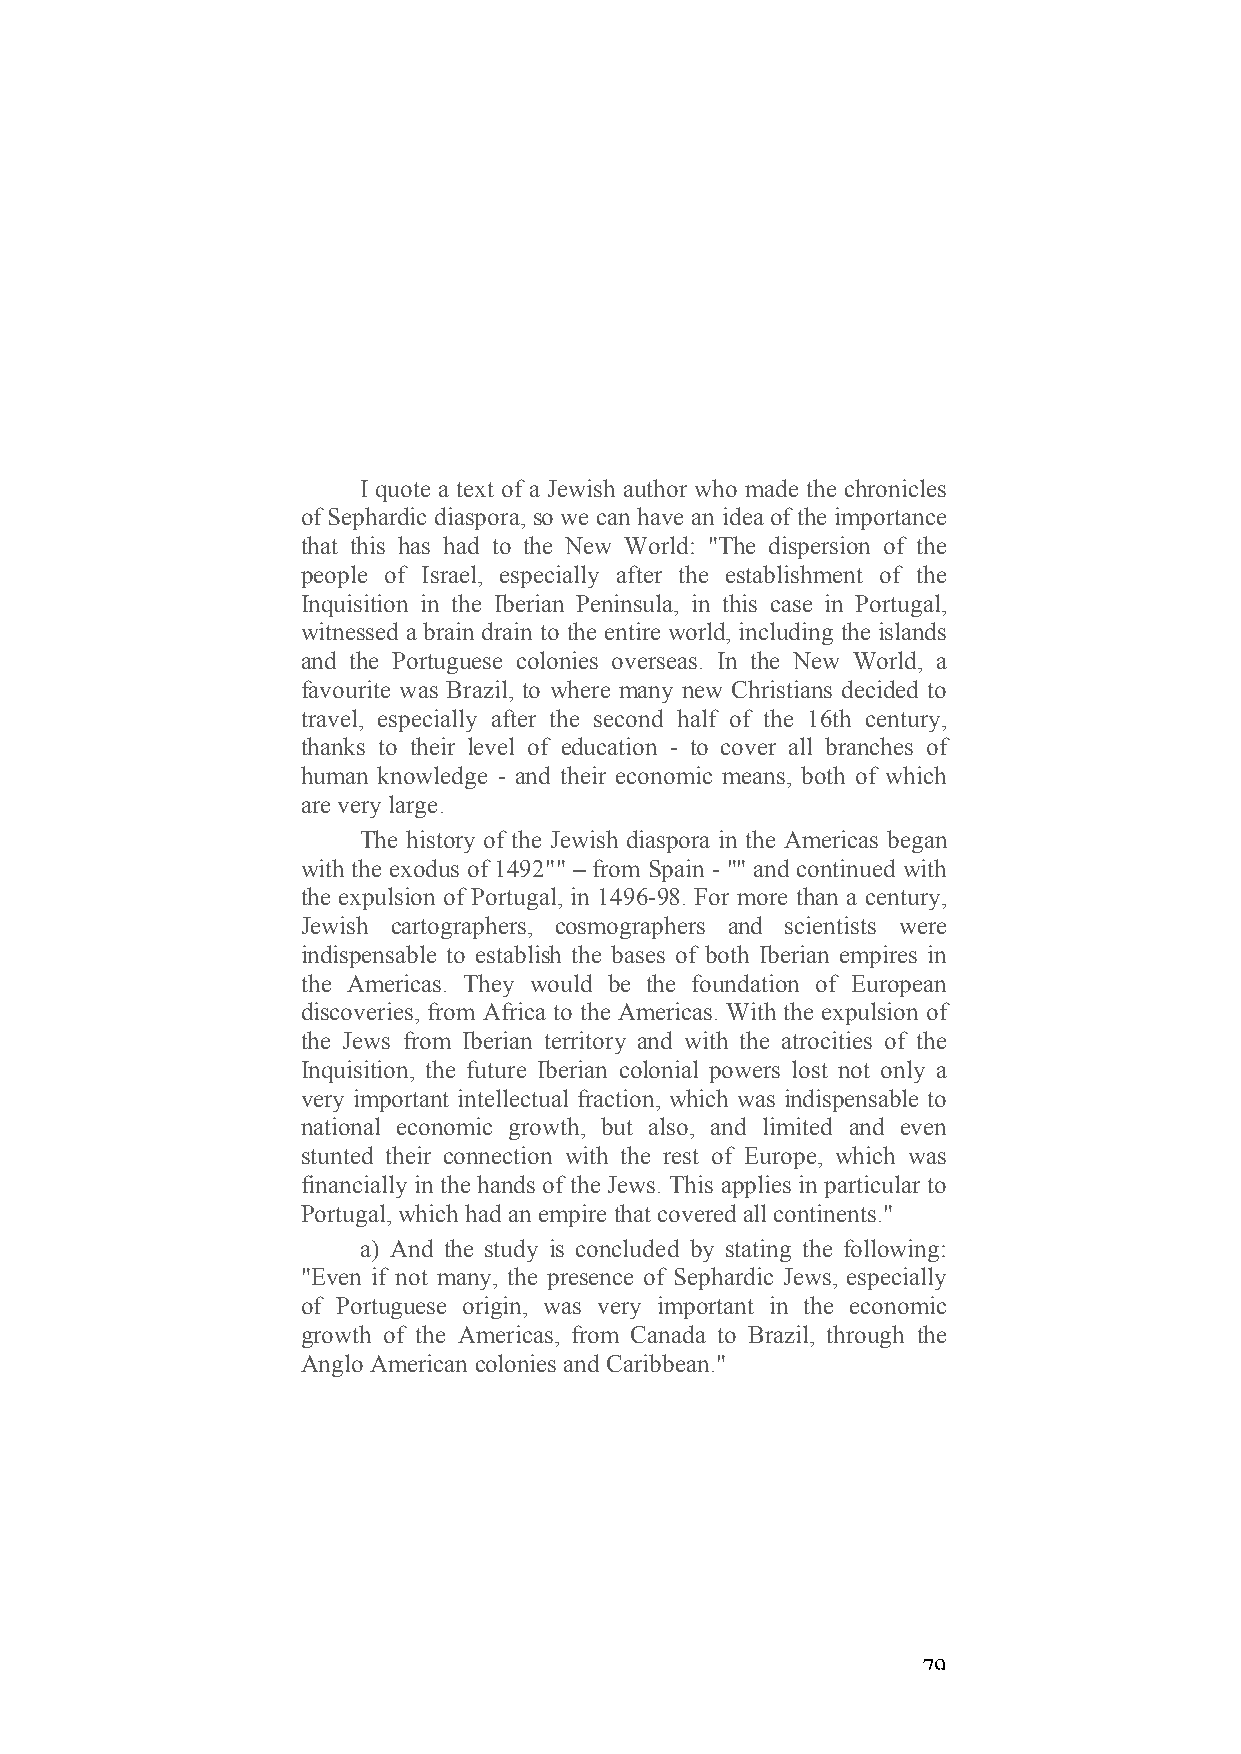
I quote a text of a Jewish author who made the chronicles
 of Sephardic diaspora, so we can have an idea of the importance
 that this has had to the New World: "The dispersion of the
 people of Israel, especially after the establishment of the
 Inquisition in the Iberian Peninsula, in this case in Portugal,
 witnessed a brain drain to the entire world, including the islands
 and the Portuguese colonies overseas. In the New World, a
 favourite was Brazil, to where many new Christians decided to
 travel, especially after the second half of the 16th century,
 thanks to their level of education - to cover all branches of
 human knowledge - and their economic means, both of which
 are very large.
 The history of the Jewish diaspora in the Americas began
 with the exodus of 1492"" – from Spain - "" and continued with
 the expulsion of Portugal, in 1496-98. For more than a century,
 Jewish cartographers, cosmographers and scientists were
 indispensable to establish the bases of both Iberian empires in
 the Americas. They would be the foundation of European
 discoveries, from Africa to the Americas. With the expulsion of
 the Jews from Iberian territory and with the atrocities of the
 Inquisition, the future Iberian colonial powers lost not only a
 very important intellectual fraction, which was indispensable to
 national economic growth, but also, and limited and even
 stunted their connection with the rest of Europe, which was
 financially in the hands of the Jews. This applies in particular to
 Portugal, which had an empire that covered all continents."
 a) And the study is concluded by stating the following:
 "Even if not many, the presence of Sephardic Jews, especially
 of Portuguese origin, was very important in the economic
 growth of the Americas, from Canada to Brazil, through the
 Anglo American colonies and Caribbean."
 79